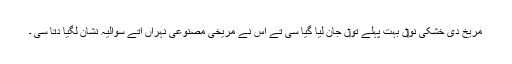
مریخ دی خشکی نو‏‏ں بہت پہلے تو‏ں جان لیا گیا سی تے اس نے مریخی مصنوعی نہراں اُتے سوالیہ نشان لگیا دتا سی ۔